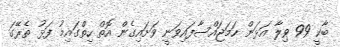
ބާކީ 99 ވިލާ އަޅަން ހަމަޖައްސާފައިވަނީ ވަށައިގެން އޮތް ހިތްގައިމު ފަޅު ތެރޭގަ